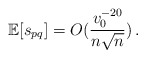
\begin{align*}\mathbb{E}[ s_{pq}] =O(\frac{v_0^{-20}}{n \sqrt{n}})\,.\end{align*}